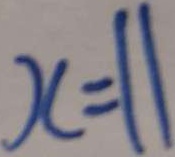
x = 1 1